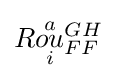
R{\overset {a}{\underset {i}{ou}}}{}_{FF}^{GH}